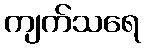
ကျက်သရေ